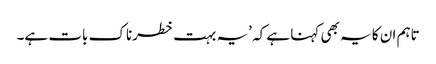
تاہم ان کا یہ بھی کہنا ہے کہ ’یہ بہت خطرناک بات ہے۔